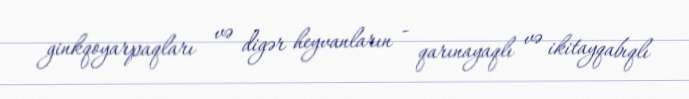
ginkqoyarpaqları və digər heyvanların - qarınayaqlı və ikitayqabıqlı